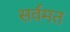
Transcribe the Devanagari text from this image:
सर्वमत